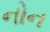
નોન